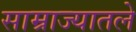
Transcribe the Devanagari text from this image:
साम्राज्यातले